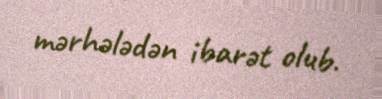
mərhələdən ibarət olub.